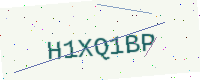
Text: H1XQ1BP